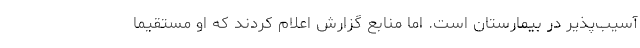
آسیب‌پذیر در بیمارستان است. اما منابعِ گزارش اعلام کردند که او مستقیما